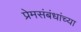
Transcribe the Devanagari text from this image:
प्रेमसंबंधांच्या